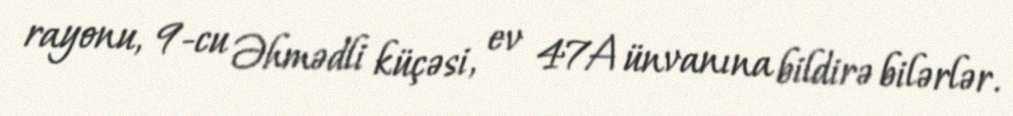
rayonu, 9-cu Əhmədli küçəsi, ev 47A ünvanına bildirə bilərlər.